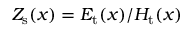
Z _ { \mathrm { s } } ( x ) = E _ { \mathrm { t } } ( x ) / H _ { \mathrm { t } } ( x )